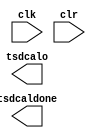

module temperatur_senser_v1 (
	clk,
	tsdcalo,
	tsdcaldone,
	clr);	

	input		clk;
	output	[7:0]	tsdcalo;
	output		tsdcaldone;
	input		clr;
endmodule